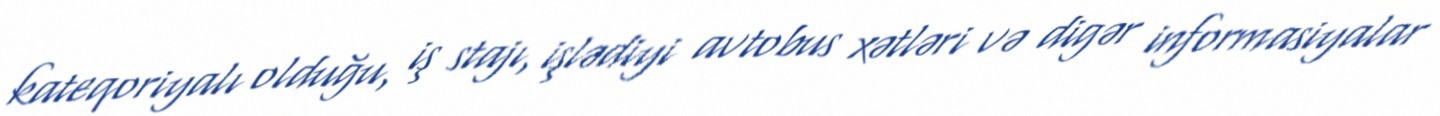
kateqoriyalı olduğu, iş stajı, işlədiyi avtobus xətləri və digər informasiyalar